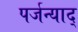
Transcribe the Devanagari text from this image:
पर्जन्याद्‌